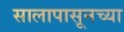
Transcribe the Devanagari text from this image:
सालापासूनच्या